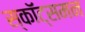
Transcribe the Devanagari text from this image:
स्कॉट्समन